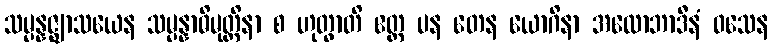
သမ္ပန္နဇ္ဈာသယေန သမ္ပန္နာဓိမုတ္တိနာ စ ဟုတွာတိ ဧတ္ထ ပန တေန ယောဂိနာ အလောဘာဒီနံ ဝသေန